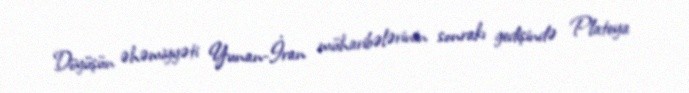
Döyüşün əhəmiyyəti Yunan-İran müharibələrinin sonrakı gedişində Plateya